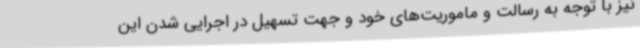
نیز با توجه به رسالت و ماموریت‌های خود و جهت تسهیل در اجرایی شدن این